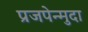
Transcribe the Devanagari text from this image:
प्रजपेन्मुदा